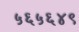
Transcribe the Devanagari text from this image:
५६५६४९